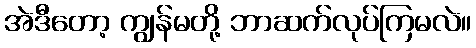
အဲဒီတော့ ကျွန်မတို့ ဘာဆက်လုပ်ကြမလဲ။